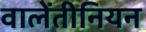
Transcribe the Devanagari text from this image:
वालेंतीनियन